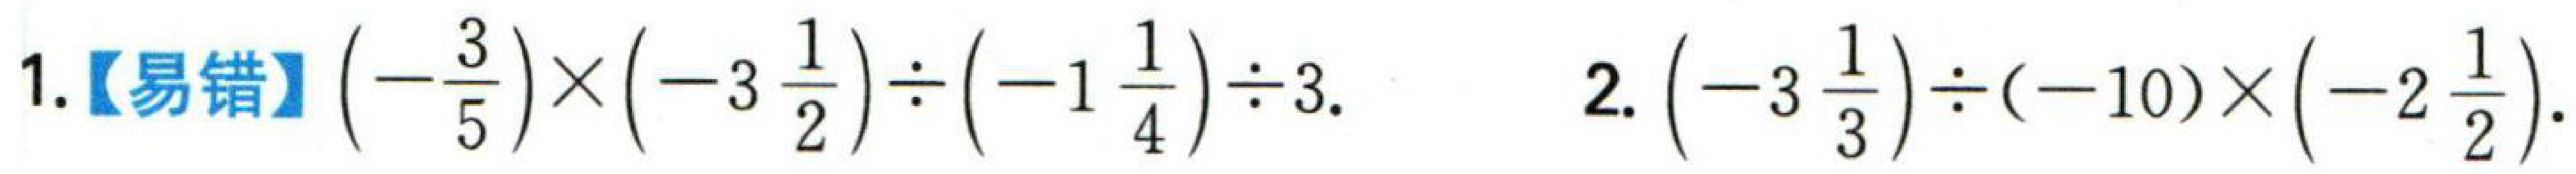
1.【易错】$\left(-\dfrac{3}{5}\right)\times\left(-3\dfrac{1}{2}\right)\div\left(-1\dfrac{1}{4}\right)\div 3$. 2.$\left(-3\dfrac{1}{3}\right)\div(-10)\times\left(-2\dfrac{1}{2}\right)$.